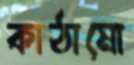
কাঠামো